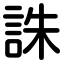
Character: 誅